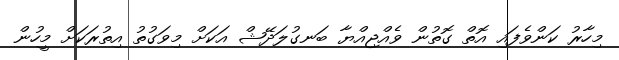
މިހާރު ކަންވެފައި އޮތް ގޮތުން ވެއްޖިއްޔާ ބަނގުލަދޭޝް އަަކަށް މިވަގުތު އިތުރަކަށް މީހުން